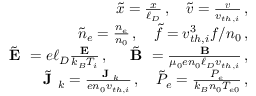
\begin{array} { r l r } & { } & { \tilde { x } = \frac { x } { \ell _ { D } } \, , \quad \tilde { \boldsymbol { v } } = \frac { \boldsymbol { v } } { v _ { t h , i } } \, , } \\ & { } & { \tilde { n } _ { e } = \frac { n _ { e } } { n _ { 0 } } \, , \quad \tilde { f } = v _ { t h , i } ^ { 3 } f / n _ { 0 } \, , } \\ & { } & { \tilde { \textbf { E } } = e \ell _ { D } \frac { \textbf { E } } { k _ { B } T _ { i } } \, , \quad \tilde { \textbf { B } } = \frac { \textbf { B } } { \mu _ { 0 } e n _ { 0 } \ell _ { D } v _ { t h , i } } \, , } \\ & { } & { \tilde { \textbf { J } } _ { k } = \frac { \textbf { J } _ { k } } { e n _ { 0 } v _ { t h , i } } \, , \quad \tilde { P } _ { e } = \frac { P _ { e } } { k _ { B } n _ { 0 } T _ { e 0 } } \, , } \end{array}